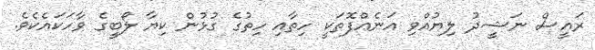
ރައީސް ނަޝީދު ލިޔުއްވި އަނެއްފޮތަކީ ހިތާއި ހިތުގެ ގުޅުން ކިޔާ ލޯބީގެ ވާހަކައެކެވެ.